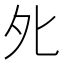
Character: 𡖅